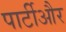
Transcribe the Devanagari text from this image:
पार्टीऔर